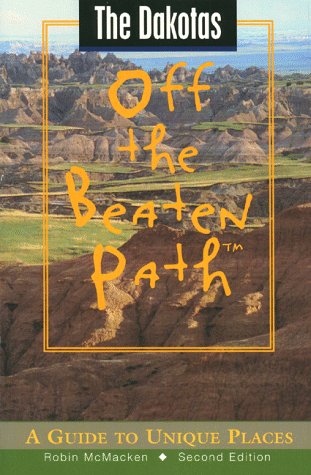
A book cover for The Dakotas Off the Beaten Path: A Guide to Unique Places (Off the Beaten Path Series); Robin McMacken; Travel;